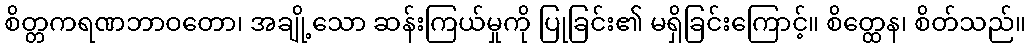
စိတ္တကရဏဘာဝတော၊ အချို့သော ဆန်းကြယ်မှုကို ပြုခြင်း၏ မရှိခြင်းကြောင့်။ စိတ္ထေန၊ စိတ်သည်။